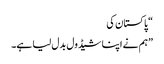
“ پاکستان کی
”ہم نے اپنا شیڈول بدل لیا ہے۔